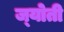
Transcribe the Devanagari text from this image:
ज्‍योती